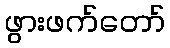
ဖွားဖက်တော်